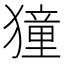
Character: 獞